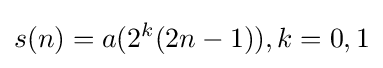
s(n)=a(2^{k}(2n-1)),k=0,1